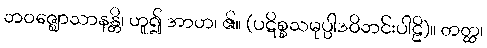
ဘဝဇ္ဈောသာနန္တိ၊ ဟူ၍ အာဟ၊ ၏။ (ပဋိစ္စသမုပ္ပါဒဝိဘင်းပါဠိ)။ တတ္ထ၊